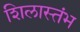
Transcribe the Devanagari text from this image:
शिलास्तंभ